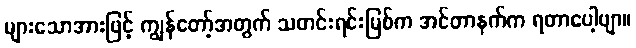
များသောအားဖြင့် ကျွန်တော့်အတွက် သတင်းရင်းမြစ်က အင်တာနက်က ရတာပေါ့ဗျာ။